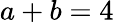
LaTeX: a+b=4